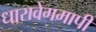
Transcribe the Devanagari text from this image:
धारावेगमापी